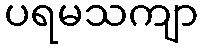
ပရမသကျာ